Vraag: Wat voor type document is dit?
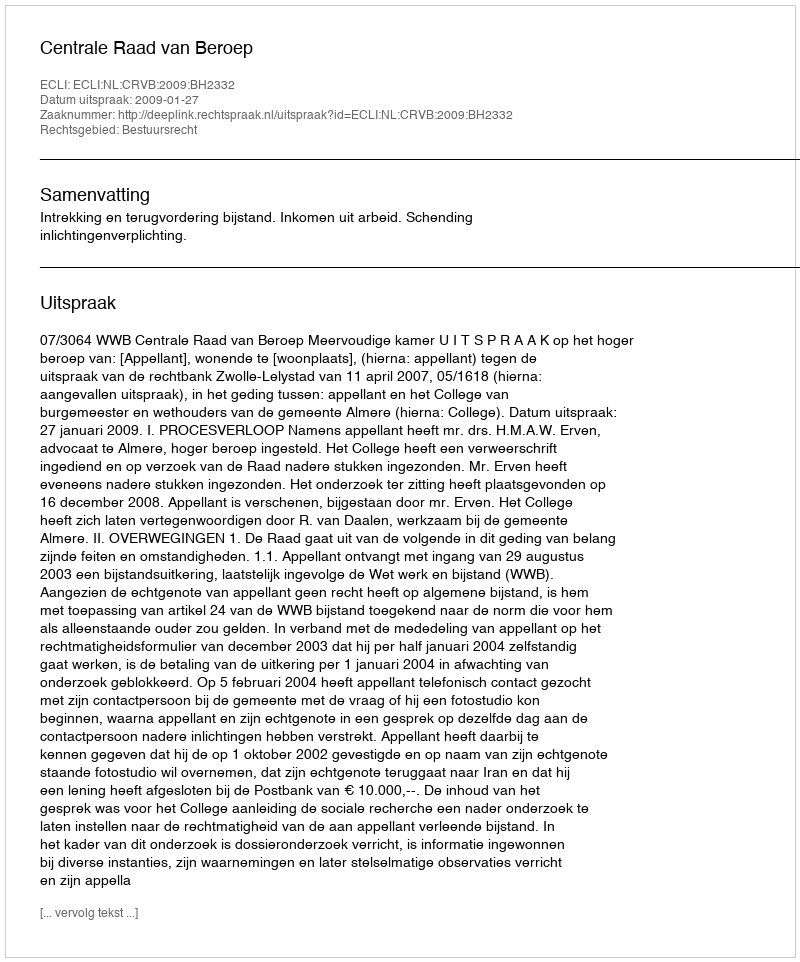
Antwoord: Uitspraak